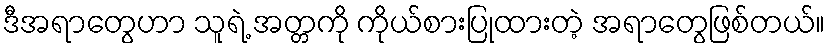
ဒီအရာတွေဟာ သူရဲ့ အတ္တကို ကိုယ်စားပြုထားတဲ့ အရာတွေဖြစ်တယ်။